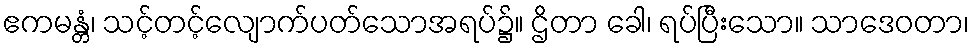
ဧကမန္တံ၊ သင့်တင့်လျောက်ပတ်သောအရပ်၌။ ဌိတာ ခေါ၊ ရပ်ပြီးသော။ သာဒေဝတာ၊